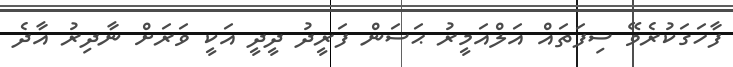
ފާހަގަކުރެވޭ ސިފަތައް އަލްއަމީރު ޙަސަން ފަރީދު ދީދީ އަކީ ވަރަށް ނާދިރު އާދެ